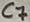
Text: C7